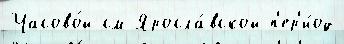
Часово́й см Яросла́вской п'ер'и́од